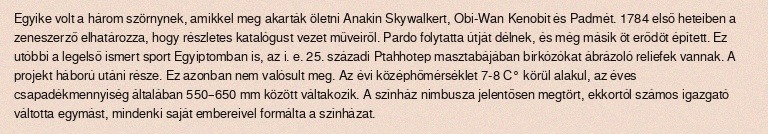
Egyike volt a három szörnynek, amikkel meg akarták öletni Anakin Skywalkert, Obi-Wan Kenobit és Padmét. 1784 első heteiben a zeneszerző elhatározza, hogy részletes katalógust vezet műveiről. Pardo folytatta útját délnek, és még másik öt erődöt épített. Ez utóbbi a legelső ismert sport Egyiptomban is, az i. e. 25. századi Ptahhotep masztabájában birkózókat ábrázoló reliefek vannak. A projekt háború utáni része. Ez azonban nem valósult meg. Az évi középhőmérséklet 7-8 C° körül alakul, az éves csapadékmennyiség általában 550–650 mm között váltakozik. A színház nimbusza jelentő‍sen megtört, ekkortól számos igazgató váltotta egymást, mindenki saját embereivel formálta a színházat.